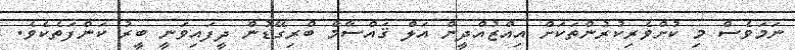
ނަމަވެސް މި ކުށްވެރިކުރުންތަކަށް އިއްޒުއްދީން އަލް ޤައްސާމް ބްރިގޭޑުން ދީފައިވަނީ ބީރު ކަންފަތެކެވެ.